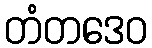
တံတဒေဝ